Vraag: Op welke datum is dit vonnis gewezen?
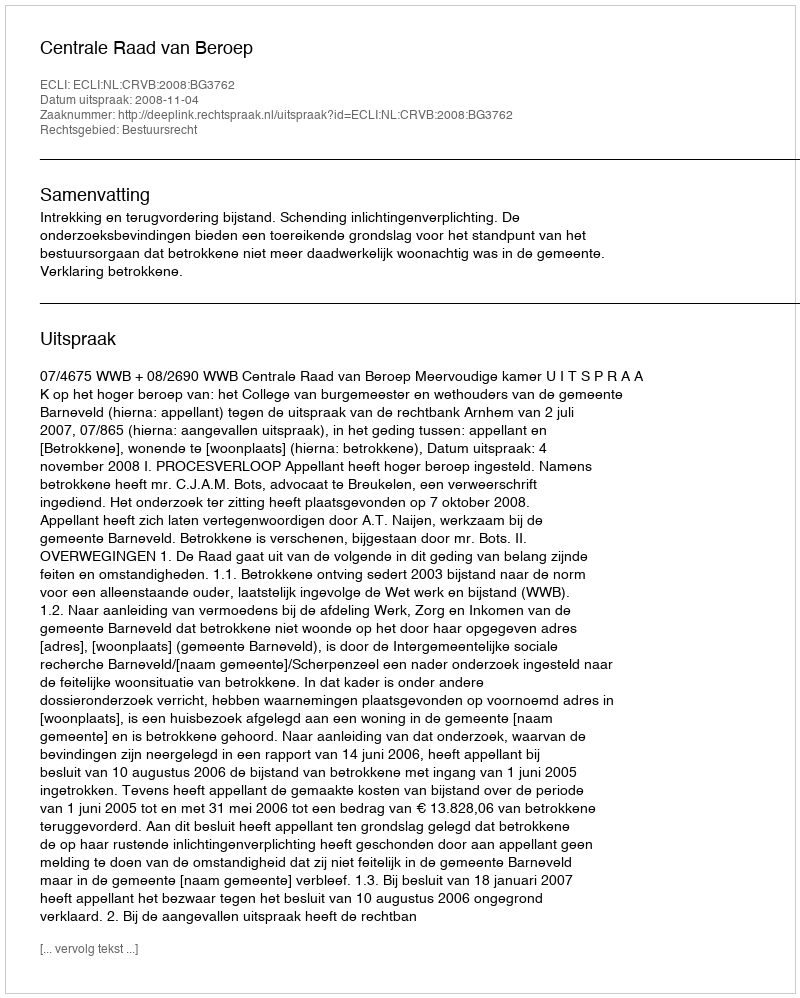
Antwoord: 2008-11-04